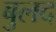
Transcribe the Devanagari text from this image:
बुलद